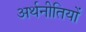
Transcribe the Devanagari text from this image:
अर्थनीतियों